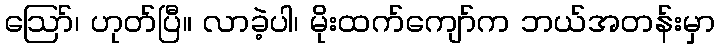
ဪ၊ ဟုတ်ပြီ။ လာခဲ့ပါ၊ မိုးထက်ကျော်က ဘယ်အတန်းမှာ